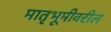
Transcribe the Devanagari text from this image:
मातृभूमीवरील